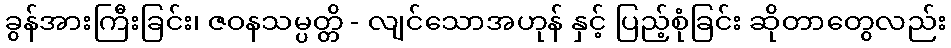
ခွန်အားကြီးခြင်း၊ ဇဝနသမ္ပတ္တိ - လျင်သောအဟုန် နှင့် ပြည့်စုံခြင်း ဆိုတာတွေလည်း